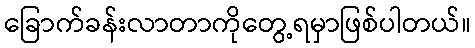
ခြောက်ခန်းလာတာကိုတွေ့ရမှာဖြစ်ပါတယ်။